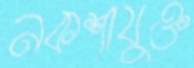
নকশাযুক্ত